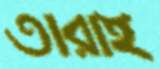
তারাই